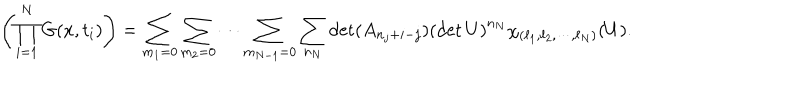
\left( \prod _ { i = 1 } ^ { N } G ( x , t _ { i } ) \right) = \sum _ { m _ { 1 } = 0 } \sum _ { m _ { 2 } = 0 } \cdots \sum _ { m _ { N - 1 } = 0 } \sum _ { n _ { N } } \det ( A _ { n _ { j } + i - j } ) \left( \det U \right) ^ { n _ { N } } \chi _ { ( \ell _ { 1 } , \ell _ { 2 } , \cdots , \ell _ { N } ) } ( U ) .